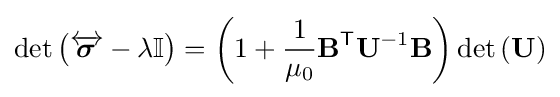
\det {\left({\overleftrightarrow {\boldsymbol {\sigma }}}-\lambda \mathbf {\mathbb {I} } \right)}=\left(1+{\frac {1}{\mu _{0}}}\mathbf {B} ^{\textsf {T}}\mathbf {U} ^{-1}\mathbf {B} \right)\det {\left(\mathbf {U} \right)}